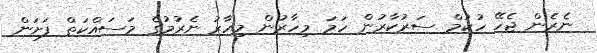
ނެރެން ޖެހޭ ހުކުމް ސަރުކާރުން ހަމަ މިހާރުން މިހާރު ނެރުމުގެ މަސައްކަތް ފަށަން